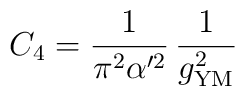
C_4 =\frac{1}{\pi^2\alpha'^2}\,\frac{1}{g_{\rm YM}^2}